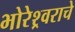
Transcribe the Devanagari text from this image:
भोरेश्र्वराचे